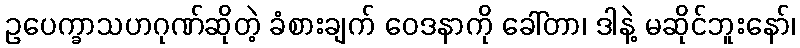
ဥပေက္ခာသဟဂုဏ်ဆိုတဲ့ ခံစားချက် ဝေဒနာကို ခေါ်တာ၊ ဒါနဲ့ မဆိုင်ဘူးနော်၊